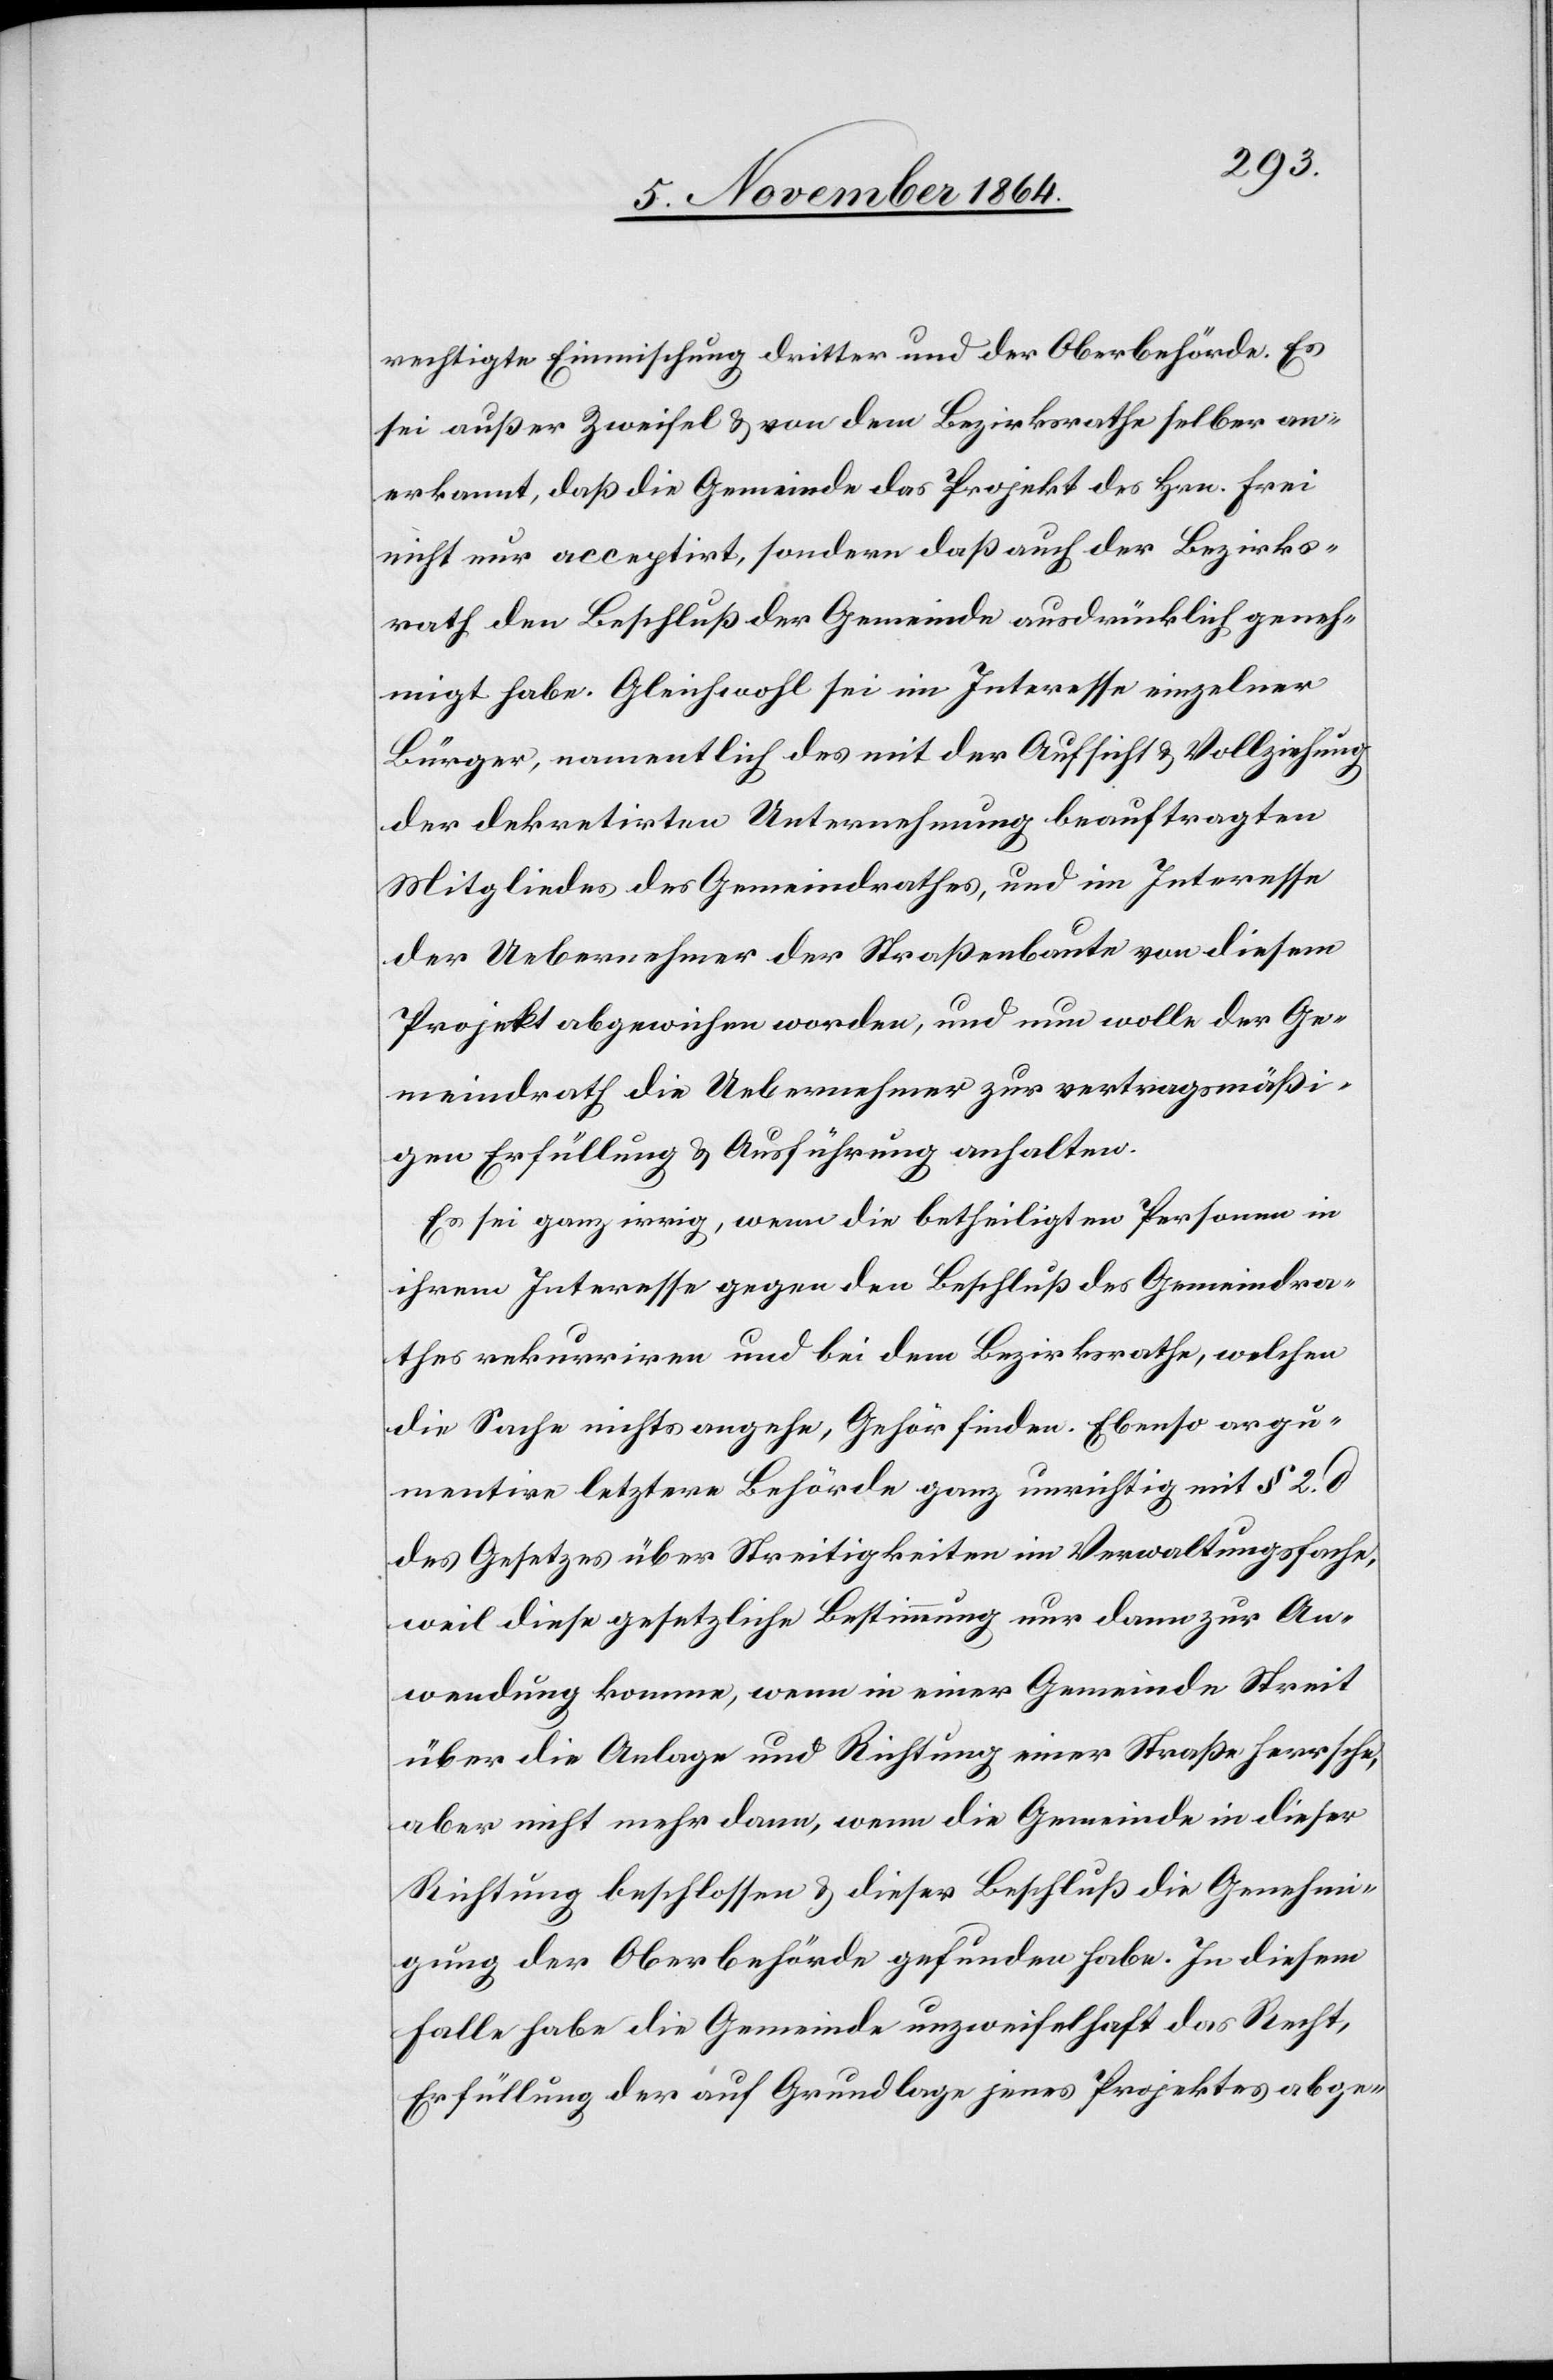
rechtigte Einmischung dritter und der Oberbehörde. Es
sei außer Zweifel & von dem Bezirksrathe selber an¬
erkannt, daß die Gemeinde das Projekt des Hrn. Frei
nicht nur acceptirt, sondern daß auch der Bezirks¬
rath den Beschluß der Gemeinde ausdrücklich geneh¬
migt habe. Gleichwohl sei im Interesse einzelner
Bürger, namentlich des mit der Aufsicht & Vollziehung
der dekretirten Unternehmung beauftragten
Mitgliedes des Gemeindrathes, und im Interesse
der Uebernehmer der Straßenbaute von diesem
Projekt abgewichen worden, und nun wolle der Ge¬
meindrath die Uebernehmer zur vertragsmäßi¬
gen Erfüllung & Ausführung anhalten.
Es sei ganz irrig, wenn die betheiligten Personen in
ihrem Interesse gegen den Beschluß des Gemeindra¬
thes rekurriren und bei dem Bezirksrathe, welchen
die Sache nichts angehe, Gehör finden. Ebenso argu¬
mentire letztere Behörde ganz unrichtig mit § 2. d
des Gesetzes über Streitigkeiten im Verwaltungsfache,
weil diese gesetzliche Bestimmung nur dann zur An¬
wendung komme, wenn in einer Gemeinde Streit
über die Anlage und Richtung einer Straße herrsche,
aber nicht mehr dann, wenn die Gemeinde in dieser
Richtung beschlossen & dieser Beschluß die Genehmi¬
gung der Oberbehörde gefunden habe. In diesem
Falle habe die Gemeinde unzweifelhaft das Recht,
Erfüllung der auf Grundlage jenes Projectes abge-